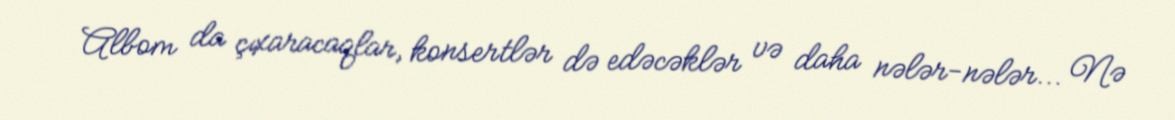
Albom da çıxaracaqlar, konsertlər də edəcəklər və daha nələr-nələr... Nə